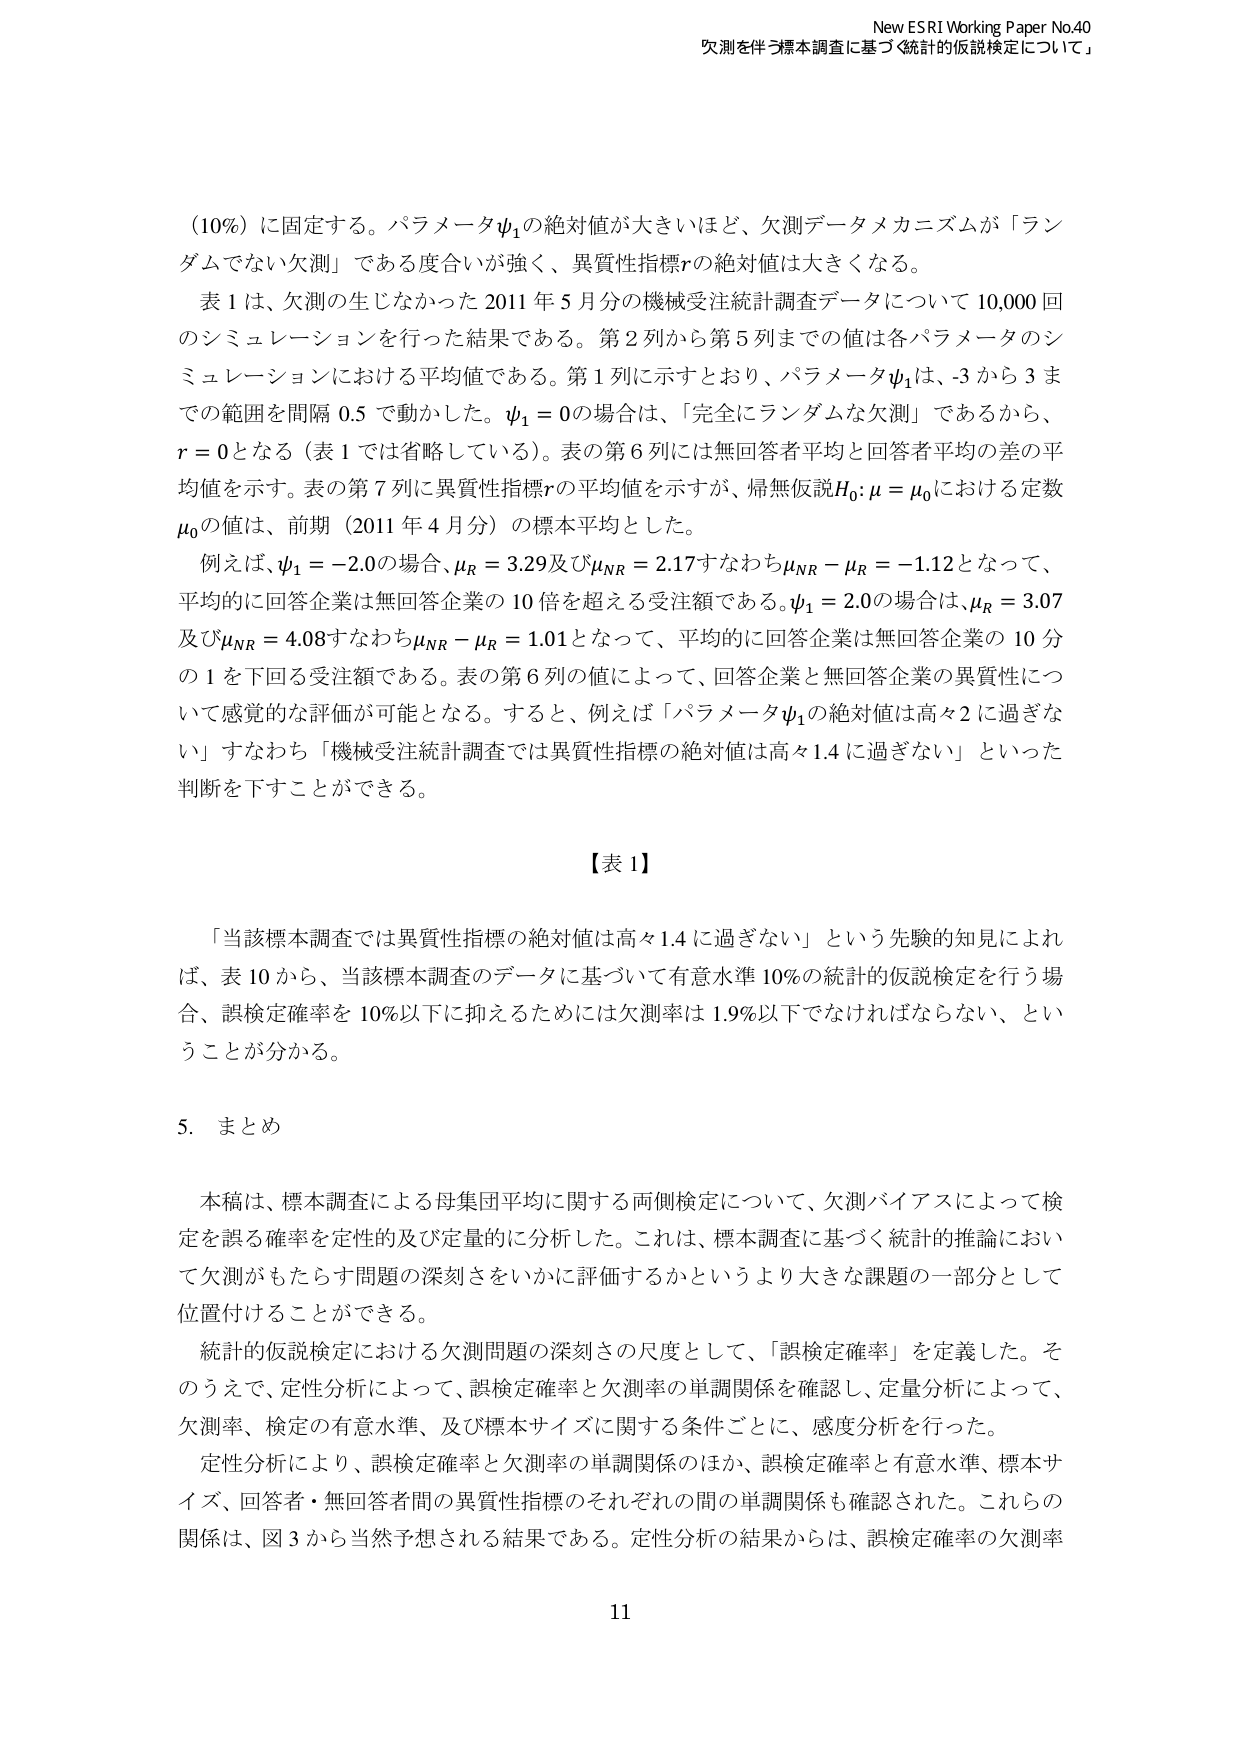
New ESRI Working Paper No.40
欠測を伴う標本調査に基づく統計的仮説検定について」

（10%）に固定する。パラメータψ₁の絶対値が大きいほど、欠測データメカニズムが「ランダムでない欠測」である度合いが強く、異質性指標rの絶対値は大きくなる。

表1は、欠測の生じなかった2011年5月分の機械受注統計調査データについて10,000回のシミュレーションを行った結果である。第2列から第5列までの値は各パラメータのシミュレーションにおける平均値である。第1列に示すとおり、パラメータψ₁は、-3から3までの範囲を間隔0.5で動かした。ψ₁=0の場合は、「完全にランダムな欠測」であるから、r=0となる（表1では省略している）。表の第6列には無回答者平均と回答者平均の差の平均値を示す。表の第7列に異質性指標rの平均値を示すが、帰無仮説H₀: μ=μ₀における定数μ₀の値は、前期（2011年4月分）の標本平均とした。

例えば、ψ₁=-2.0の場合、μ_R=3.29及びμ_NR=2.17すなわちμ_NR-μ_R=-1.12となって、平均的に回答企業は無回答企業の10倍を超える受注額である。ψ₁=2.0の場合は、μ_R=3.07及びμ_NR=4.08すなわちμ_NR-μ_R=1.01となって、平均的に回答企業は無回答企業の10分の1を下回る受注額である。表の第6列の値によって、回答企業と無回答企業の異質性について感覚的な評価が可能となる。すると、例えば「パラメータψ₁の絶対値は高々2に過ぎない」すなわち「機械受注統計調査では異質性指標の絶対値は高々1.4に過ぎない」といった判断を下すことができる。

【表1】

「当該標本調査では異質性指標の絶対値は高々1.4に過ぎない」という先験的知見によれば、表10から、当該標本調査のデータに基づいて有意水準10%の統計的仮説検定を行う場合、誤検定確率を10%以下に抑えるためには欠測率は1.9%以下でなければならない、ということが分かる。

5. まとめ

本稿は、標本調査による母集団平均に関する両側検定について、欠測バイアスによって検定を誤る確率を定性的及び定量的に分析した。これは、標本調査に基づく統計的推論において欠測がもたらす問題の深刻さをいかに評価するかというより大きな課題の一部分として位置付けることができる。

統計的仮説検定における欠測問題の深刻さの尺度として、「誤検定確率」を定義した。そのうえで、定性分析によって、誤検定確率と欠測率の単調関係を確認し、定量分析によって、欠測率、検定の有意水準、及び標本サイズに関する条件ごとに、感度分析を行った。

定性分析により、誤検定確率と欠測率の単調関係のほか、誤検定確率と有意水準、標本サイズ、回答者・無回答者間の異質性指標のそれぞれの間の単調関係も確認された。これらの関係は、図3から当然予想される結果である。定性分析の結果からは、誤検定確率の欠測率

11